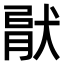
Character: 𤟶